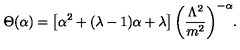
\Theta ( \alpha ) = \left[ \alpha ^ { 2 } + ( \lambda - 1 ) \alpha + \lambda \right] { \left( \frac { \Lambda ^ { 2 } } { m ^ { 2 } } \right) } ^ { - \alpha } .